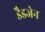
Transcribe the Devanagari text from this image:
डैडजेन